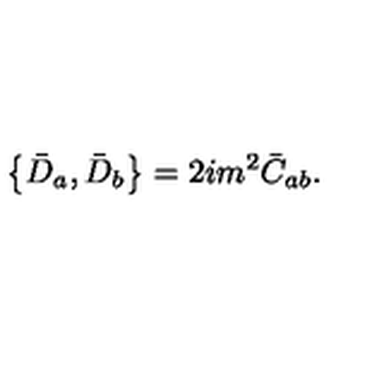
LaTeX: \left\{ \bar { D } _ { a } , \bar { D } _ { b } \right\} = 2 i m ^ { 2 } \bar { C } _ { a b } .